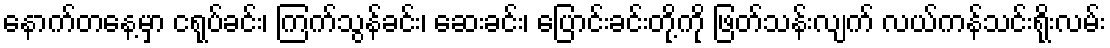
နောက်တနေ့မှာ ငရုပ်ခင်း၊ ကြက်သွန်ခင်း၊ ဆေးခင်း၊ ပြောင်းခင်းတို့ကို ဖြတ်သန်းလျက် လယ်ကန်သင်းရိုးလမ်း